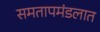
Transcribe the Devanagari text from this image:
समतापमंडलात